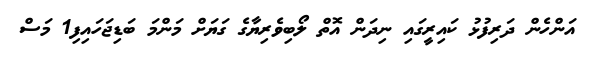
އަންހެން ދަރިފުޅު ކައިރީގައި ނިދަން އޮތް ލޯބިވެރިޔާގެ ގަޔަށް މަންމަ ބަޑިޖަހައިފި1 މަސް